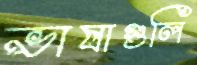
ভাষাগুলি